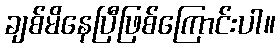
ချစ်မိနေပြီဖြစ်ကြောင်းပါ။